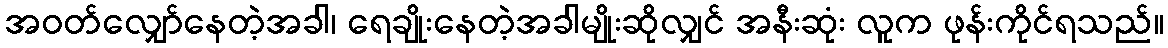
အဝတ်လျှော်နေတဲ့အခါ၊ ရေချိုးနေတဲ့အခါမျိုးဆိုလျှင် အနီးဆုံး လူက ဖုန်းကိုင်ရသည်။